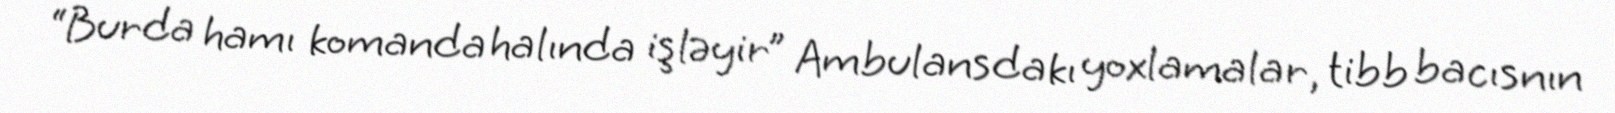
“Burda hamı komanda halında işləyir” Ambulansdakı yoxlamalar, tibb bacısnın